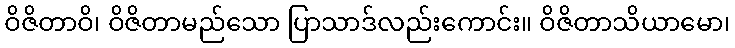
ဝိဇိတာဝိ၊ ဝိဇိတာမည်သော ပြာသာဒ်လည်းကောင်း။ ဝိဇိတာသိယာမော၊